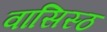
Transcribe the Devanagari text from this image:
वासिस्ठ